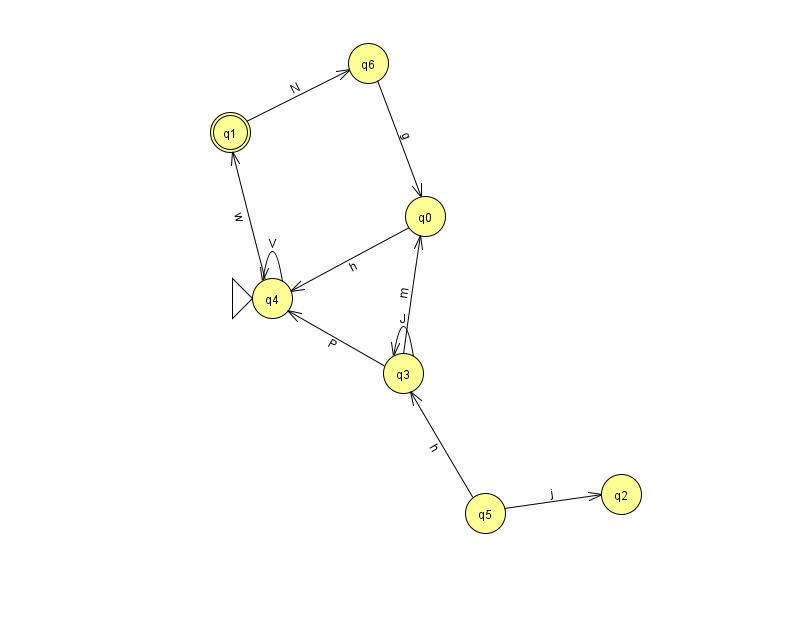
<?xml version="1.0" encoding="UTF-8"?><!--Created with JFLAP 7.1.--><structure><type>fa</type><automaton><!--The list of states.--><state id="0" name="q0"><x>425.0</x><y>203.0</y></state><state id="1" name="q1"><x>230.0</x><y>119.0</y><final/></state><state id="2" name="q2"><x>621.0</x><y>481.0</y></state><state id="3" name="q3"><x>403.0</x><y>360.0</y></state><state id="4" name="q4"><x>272.0</x><y>285.0</y><initial/></state><state id="5" name="q5"><x>485.0</x><y>500.0</y></state><state id="6" name="q6"><x>368.0</x><y>50.0</y></state><!--The list of transitions.--><transition><from>3</from><to>0</to><read>m</read></transition><transition><from>5</from><to>2</to><read>j</read></transition><transition><from>4</from><to>1</to><read>w</read></transition><transition><from>1</from><to>6</to><read>N</read></transition><transition><from>4</from><to>4</to><read>V</read></transition><transition><from>3</from><to>4</to><read>P</read></transition><transition><from>5</from><to>3</to><read>h</read></transition><transition><from>3</from><to>3</to><read>J</read></transition><transition><from>0</from><to>4</to><read>h</read></transition><transition><from>6</from><to>0</to><read>g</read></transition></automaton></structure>